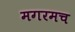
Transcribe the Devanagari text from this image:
मगरमच